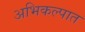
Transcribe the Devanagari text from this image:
अभिकल्पात